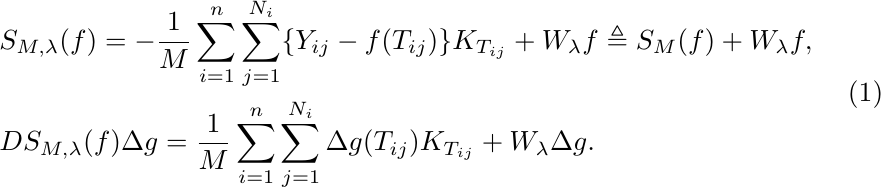
\begin{equation} \label{eq-SM}
\begin{aligned}
&S_{M, \lambda}(f) = -\frac{1}{M}\sum_{i=1}^{n}\sum_{j=1}^{N_i}\{Y_{ij} - f(T_{ij})\}K_{T_{ij}} + W_\lambda f \triangleq S_{M}(f) + W_\lambda f, \\
&DS_{M, \lambda}(f)\Delta g = \frac{1}{M}\sum_{i=1}^{n}\sum_{j=1}^{N_i}\Delta g(T_{ij})K_{T_{ij}} + W_\lambda\Delta g.
\end{aligned}
\end{equation}